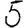
Digit: 5